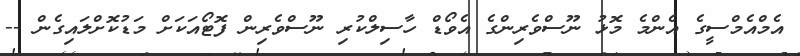
އެމްއެމްސީގެ އެންމެ މޮޅު ނޫސްވެރިންގެ އެވޯޑް ހާސިލްކުރި ނޫސްވެރިން ފޮޓޯއަކަށް މަޑުކޮށްލައިގެން --